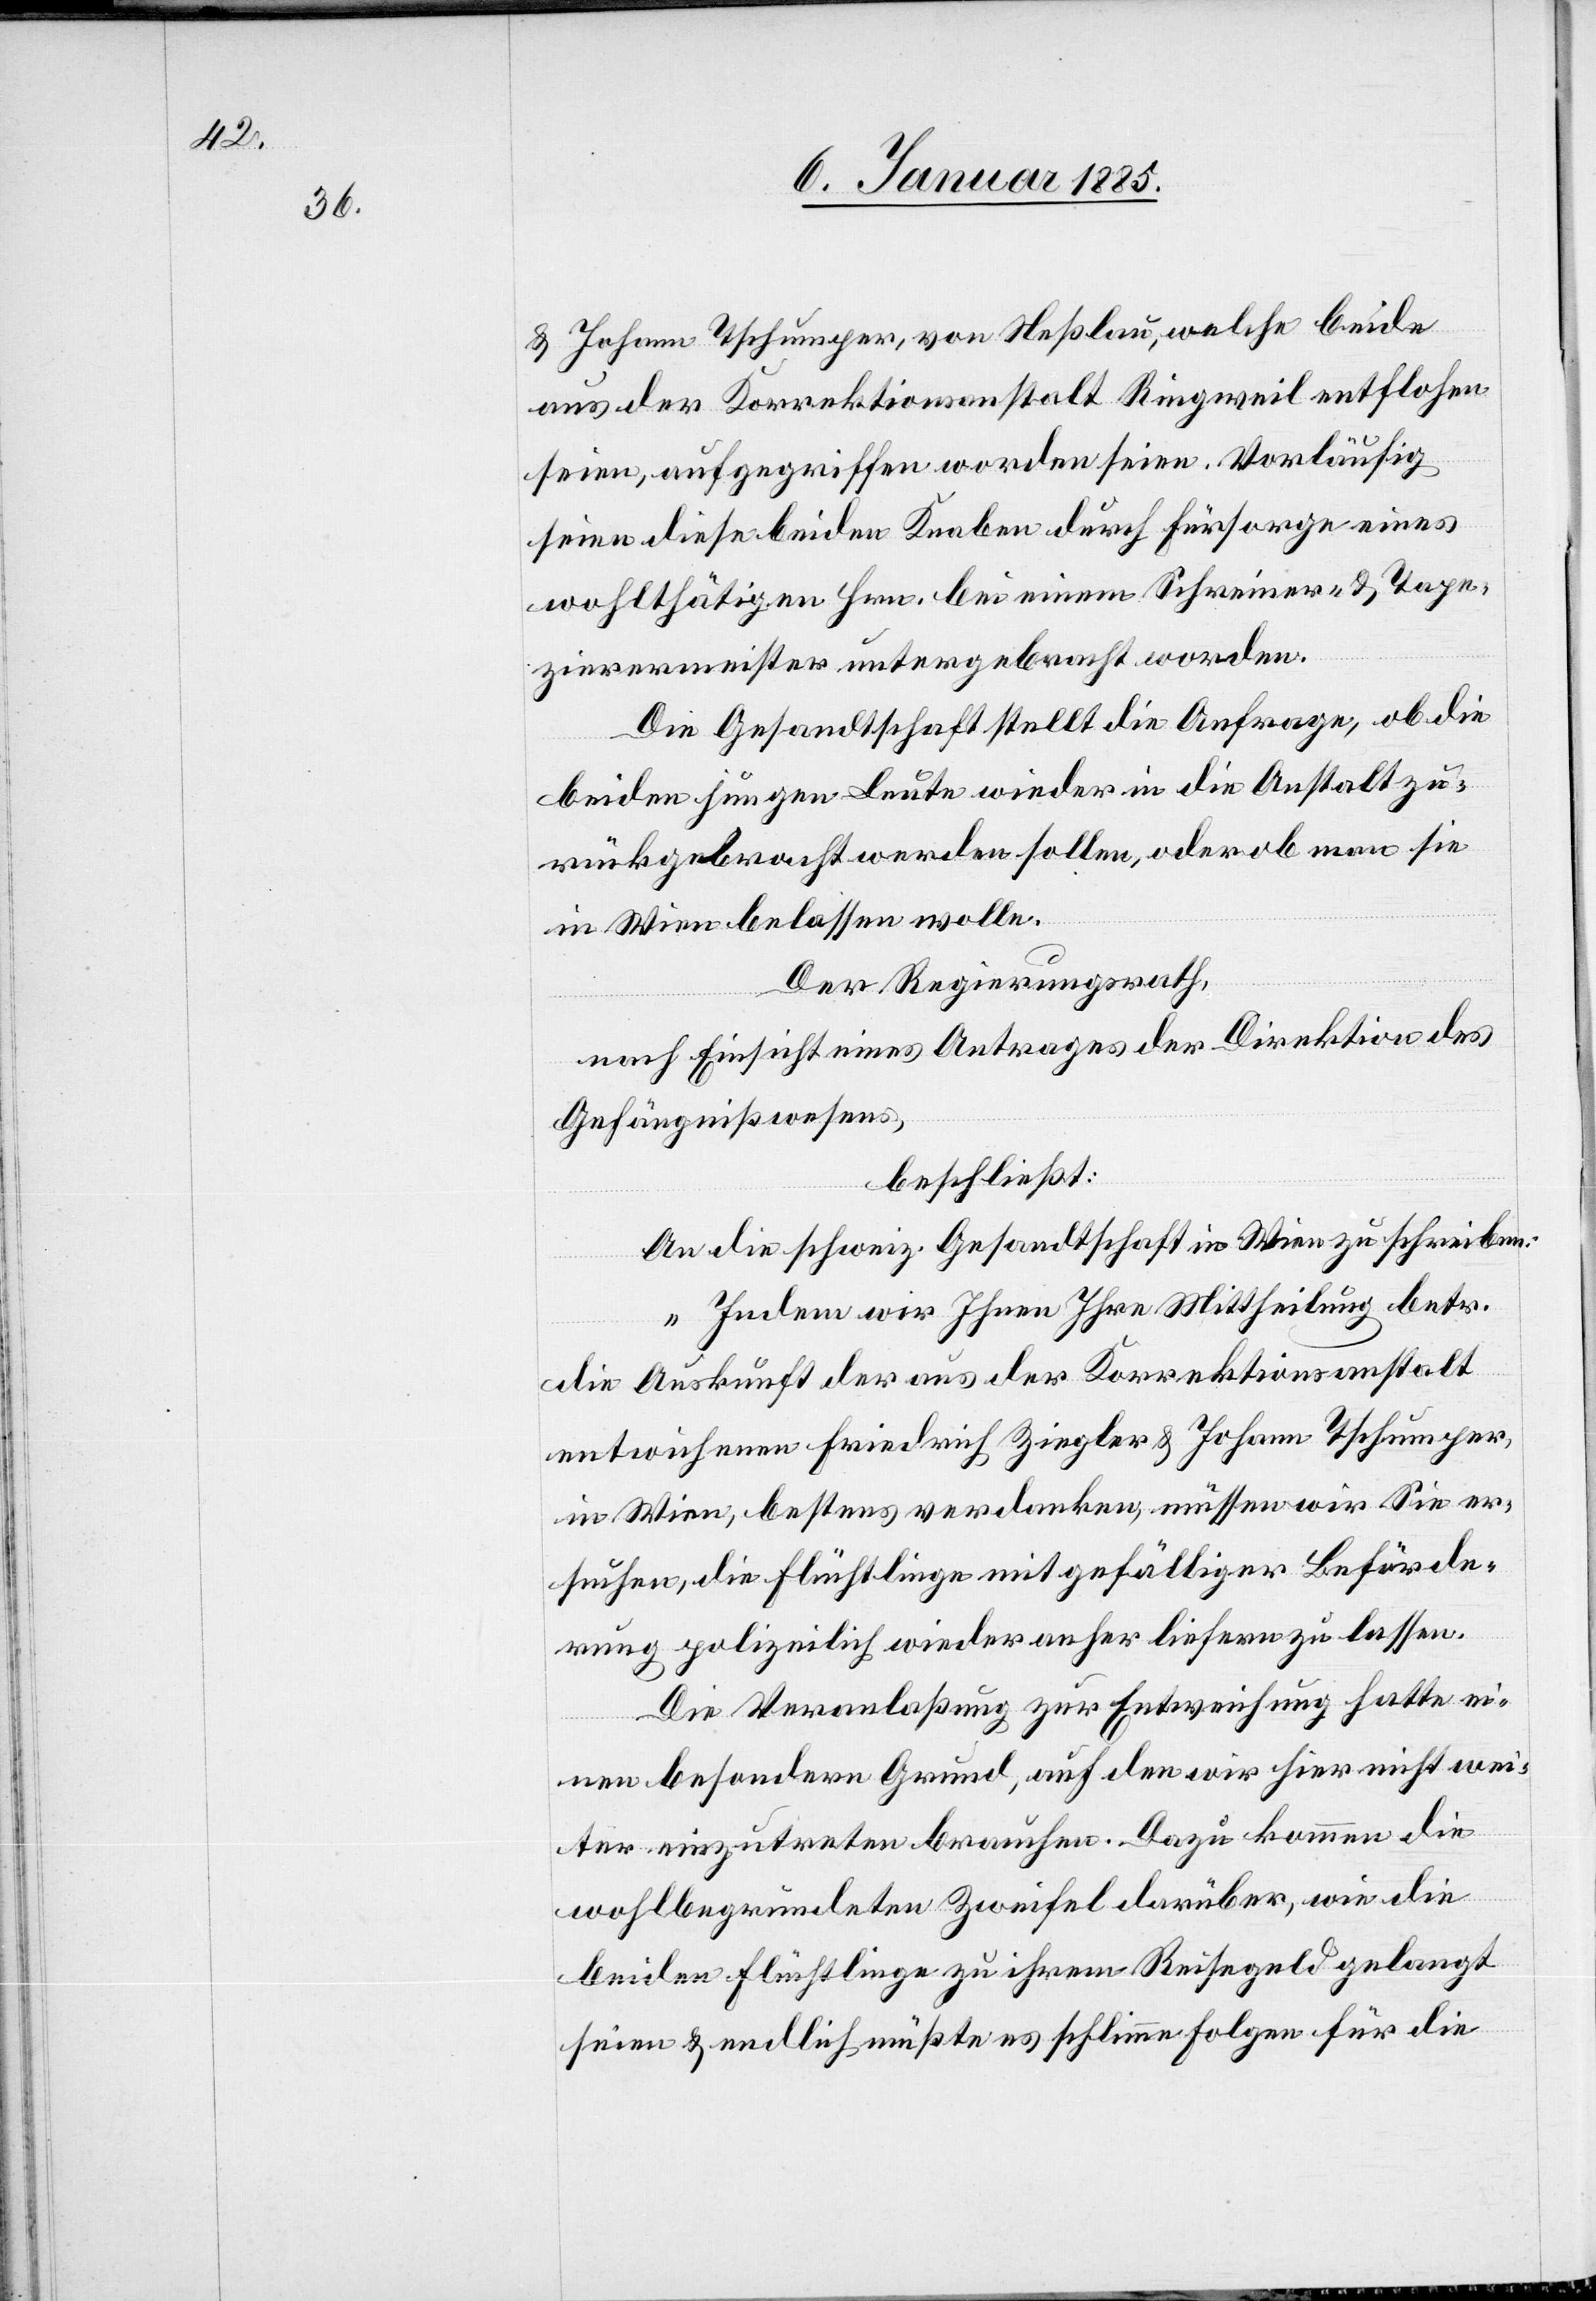
& Johann Tschumper, von Neßlau, welche beide
aus der Korrektionsanstalt Ringweil entflohen
seien, aufgegriffen worden seien. Vorläufig
seien diese beiden Knaben durch Fürsorge eines
wohlthätigen Hrn. bei einem Schreiner- & Tape¬
zierermeister untergebracht worden.
Die Gesandtschaft stellt die Anfrage, ob die
beiden jungen Leute wieder in die Anstalt zu¬
rückgebracht werden sollen, oder ob man sie
in Wien belassen wolle.
Der Regierungsrath,
nach Einsicht eines Antrages der Direktion des
Gefängnißwesens,
beschließt:
An die schweiz. Gesandtschaft in Wien zu schreiben:
„In dem wir Ihnen Ihre Mittheilung betr.
die Auskunft der aus der Korrektionsanstalt
entwichenen Friedrich Ziegler & Johann Tschumper,
in Wien, bestens verdanken, müssen wir Sie er¬
suchen, die Flüchtlinge mit gefälliger Beförde¬
rung polizeilich wieder anher liefern zu lassen.
Die Veranlaßung zur Entweichung hatte ei¬
nen besondern Grund, auf den wir hier nicht wei¬
ter einzutreten brauchen. Dazu kommen die
wohlbegründeten Zweifel darüber, wie die
beiden Flüchtlinge zu ihrem Reisegeld gelangt
seien & endlich müßte es schlimme Folgen für die